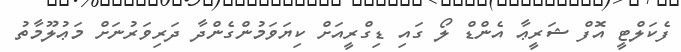
ފެކަލްޓީ އޮފް ޝަރީޢާ އެންޑް ލޯ ގައި ޑިގްރީއަށް ކިޔަވަމުންގެންދާ ދަރިވަރުނަށް މަޢުލޫމާތު